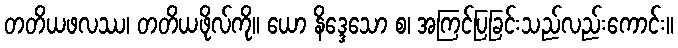
တတိယဖလဿ၊ တတိယဖိုလ်ကို။ ယော နိဒ္ဒေသော စ၊ အကြင်ပြခြင်းသည်လည်းကောင်း။